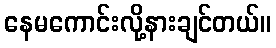
နေမကောင်းလို့နားချင်တယ်။